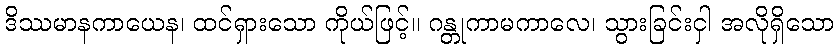
ဒိဿမာနကာယေန၊ ထင်ရှားသော ကိုယ်ဖြင့်။ ဂန္တုကာမကာလေ၊ သွားခြင်းငှါ အလိုရှိသော